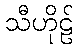
သီဟိုဠ်